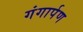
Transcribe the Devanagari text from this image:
गंगार्पण